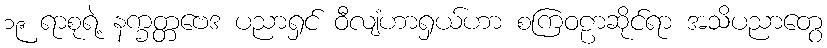
၁၉ ရာစုရဲ့ နက္ခတ္တဗေဒ ပညာရှင် ဝီလျံဟာရှယ်ဟာ စကြဝဠာဆိုင်ရာ အသိပညာတွေ